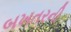
બખતરની